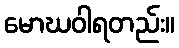
မောဃဝါရတည်း။